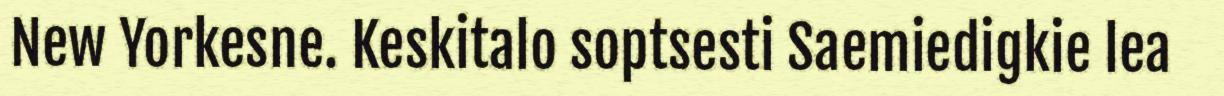
New Yorkesne. Keskitalo soptsesti Saemiedigkie lea